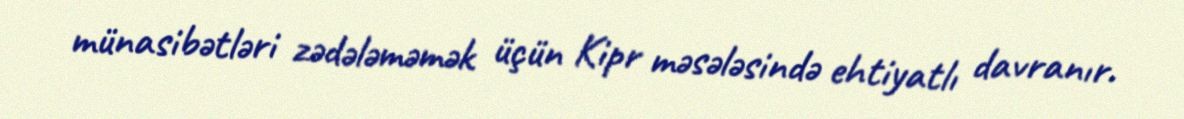
münasibətləri zədələməmək üçün Kipr məsələsində ehtiyatlı davranır.